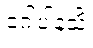
ဂေါပါနသိံ